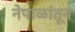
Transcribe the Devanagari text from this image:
नेपाळांतून